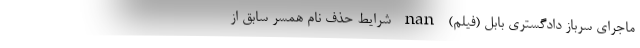
ماجرای سرباز دادگستری بابل (فیلم) nan شرایط حذف نام همسر سابق از